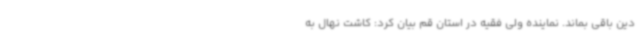
دین باقی بماند. نماینده ولی فقیه در استان قم بیان کرد: کاشت نهال به